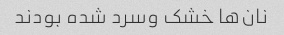
نان‌ها خشک وسرد شده بودند